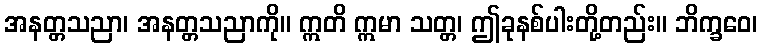
အနတ္တသညာ၊ အနတ္တသညာကို။ ဣတိ ဣမာ သတ္တ၊ ဤခုနစ်ပါးတို့တည်း။ ဘိက္ခဝေ၊